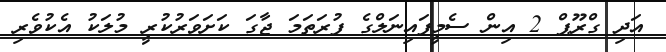
އަދި ގްރޫޕް 2 އިން ސެމީފައިނަލްގެ ފުރަތަމަ ޖާގަ ކަށަވަރުކުރީ މުލަކު އެކުވެރި